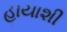
હાયાશી